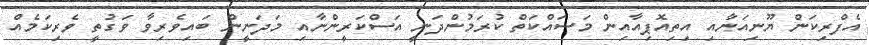
އެފްރިކަން ޔޫނިއަނާއި އިތިއޮޕިއާއިން މަސައްކަތް ކުރަމުންދަނީ އަސްކަރީންނާއި މަދަނީން ބައިވެރިވާ ވަގުތީ ވެރިކަމެއް